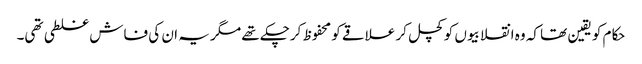
حکام کو یقین تھا کہ وہ انقلابیوں کو کچل کر علاقے کو محفوظ کرچکے تھے مگر یہ ان کی فاش غلطی تھی۔